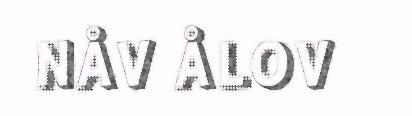
NÅV ÅLOV